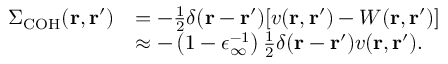
\begin{array} { r l } { \Sigma _ { \mathrm { C O H } } ( \mathbf { r } , \mathbf { r } ^ { \prime } ) } & { = - \frac { 1 } { 2 } \delta ( \mathbf { r } - \mathbf { r } ^ { \prime } ) [ v ( \mathbf { r } , \mathbf { r } ^ { \prime } ) - W ( \mathbf { r } , \mathbf { r } ^ { \prime } ) ] } \\ & { \approx - \left( 1 - \epsilon _ { \infty } ^ { - 1 } \right) \frac { 1 } { 2 } \delta ( \mathbf { r } - \mathbf { r } ^ { \prime } ) v ( \mathbf { r } , \mathbf { r } ^ { \prime } ) . } \end{array}